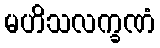
မဟိသလက္ခဏံ